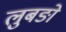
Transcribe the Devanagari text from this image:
लुबङो